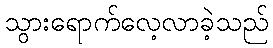
သွားရောက်လေ့လာခဲ့သည်